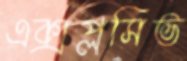
এক্সপ্লসিভ